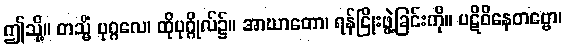
ဤသို့။ တသ္မိံ ပုဂ္ဂလေ၊ ထိုပုဂ္ဂိုလ်၌။ အာဃာတော၊ ရန်ငြိုးဖွဲ့ခြင်းကို။ ပဋိဝိနေတဗ္ဗော၊